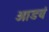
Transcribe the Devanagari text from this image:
आडवं